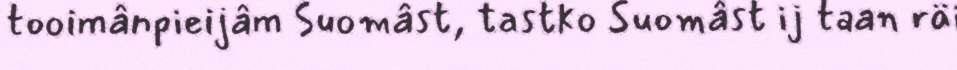
tooimânpieijâm Suomâst, tastko Suomâst ij taan räi